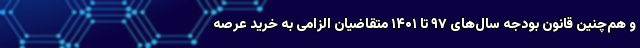
و هم‌چنین قانون بودجه سال‌های ۹۷ تا ۱۴۰۱ متقاضیان الزامی به خرید عرصه